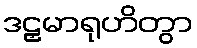
ဒဠှမာရုဟိတွာ